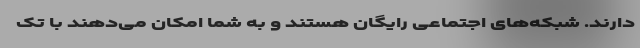
دارند. شبکه‌های اجتماعی رایگان هستند و به شما امکان می‌دهند با تک